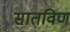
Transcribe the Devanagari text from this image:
सातविण